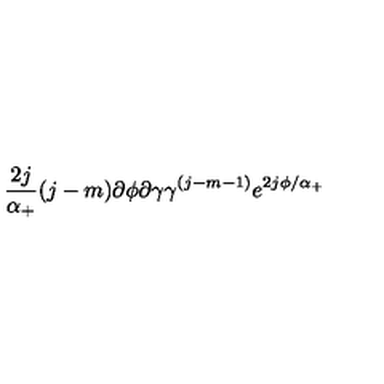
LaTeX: \frac { 2 j } { \alpha _ { + } } ( j - m ) \partial \phi \partial \gamma \gamma ^ { ( j - m - 1 ) } e ^ { 2 j \phi / \alpha _ { + } }